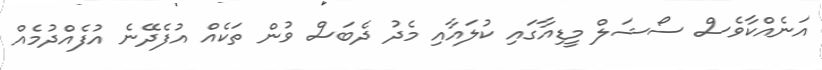
އަނެއްކާވެސް ސޯޝަލް މީޑިއާގައި ކުލައާއި މެދު ދެބަސް ވުން ތަކެއް އުފެދޭނެ އުފެއްދުމެއް